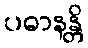
ပဓာနန္တိ